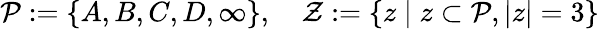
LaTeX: {\mathcal{P}}:=\{ A,B,C,D,\infty\} ,\quad{\mathcal{Z}}:=\{ z\mid z\subset{\mathcal{P}},|z|=3\}